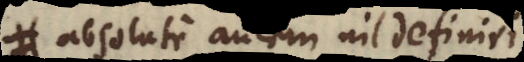
absolute autem nil definiri